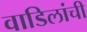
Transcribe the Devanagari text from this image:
वाडिलांची